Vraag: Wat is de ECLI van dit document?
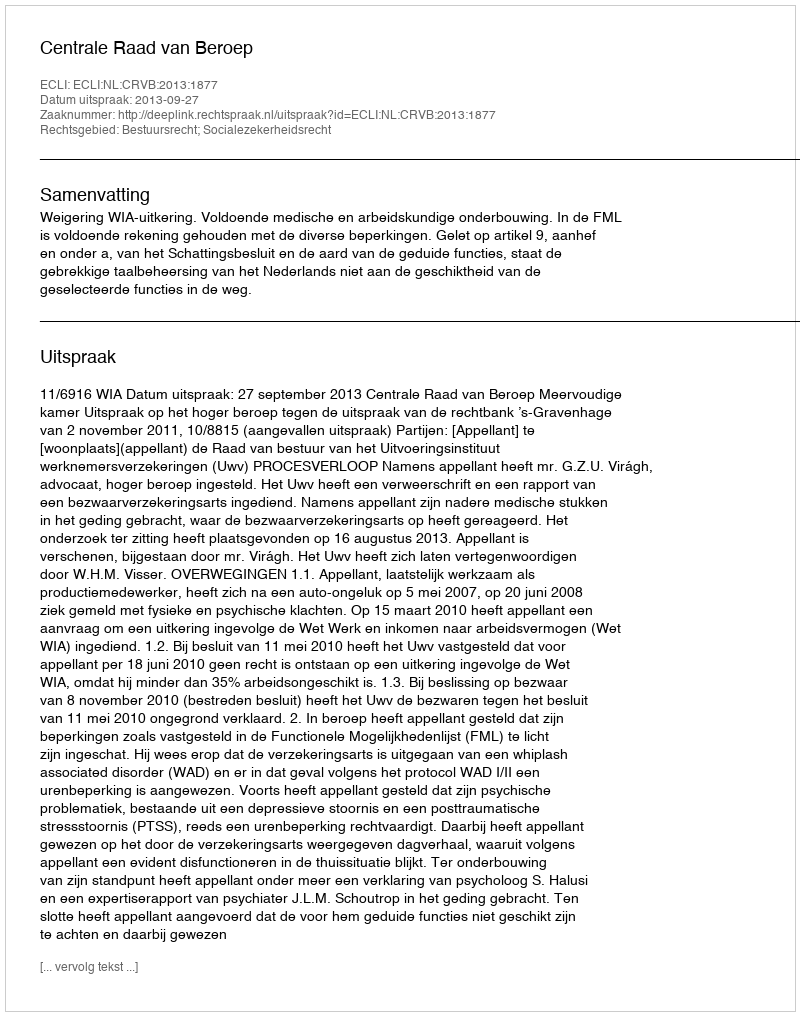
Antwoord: ECLI:NL:CRVB:2013:1877